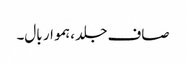
صاف جلد ، ہموار بال۔